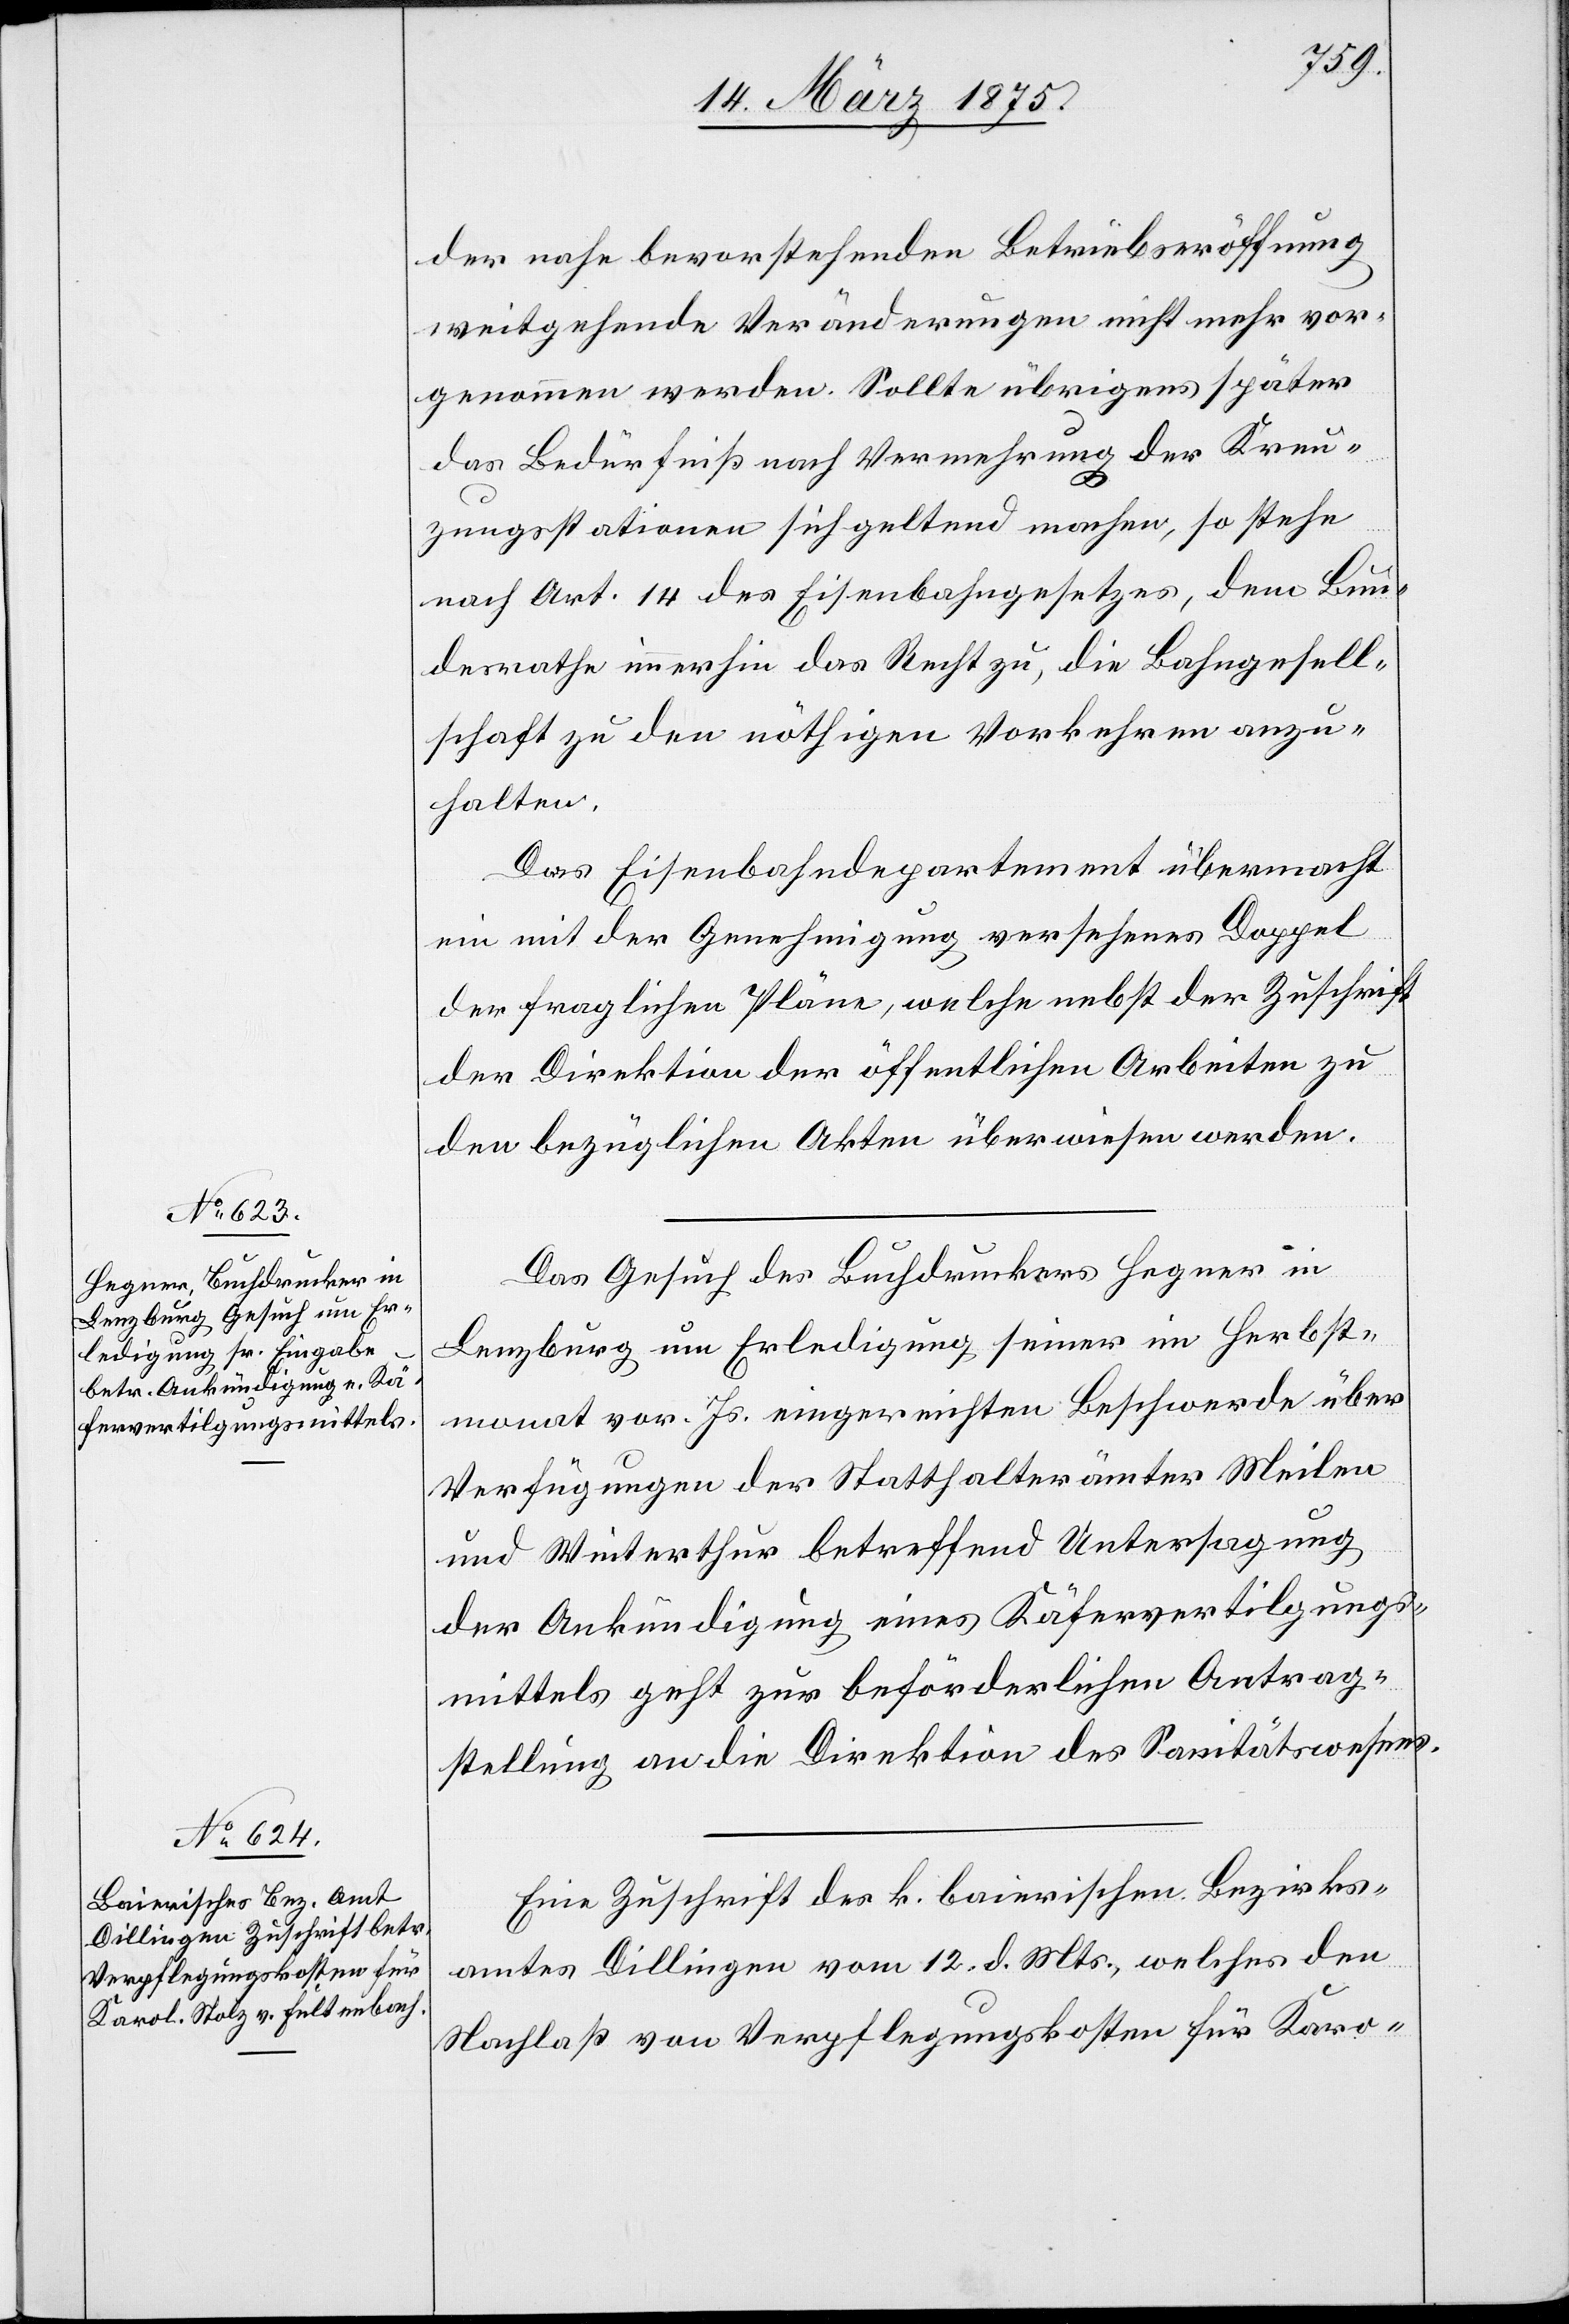
15. März 1875.]
der nahe bevorstehenden Betriebseröffnung
weitgehende Veränderungen nicht mehr vor¬
genommen werden. Sollte übrigens später
das Bedürfniß nach Vermehrung der Kreu¬
zungsstationen sich geltend machen, so stehe
nach Art. 14 des Eisenbahngesetzes, dem Bun¬
desrathe immerhin das Recht zu, die Bahngesell¬
schaft zu den nöthigen Vorkehren anzu¬
halten.
Das Eisenbahndepartement übermacht
ein mit der Genehmigung versehenes Doppel
der fraglichen Pläne, welche nebst der Zuschrift
der Direktion der öffentlichen Arbeiten zu
den bezüglichen Akten überwiesen werden.
Das Gesuch des Buchdruckers Hegner in
Lenzburg um Erledigung seiner im Herbst¬
monat vor. Js. eingereichten Beschwerde über
Verfügungen der Statthalterämter Meilen
und Winterthur betreffend Untersagung
der Ankündigung eines Käfervertilgungs¬
mittels geht zur befördlichen Antrag¬
stellung an die Direktion des Sanitätswesens.
Eine Zuschrift des k. bairischen Bezirks¬
amtes Dillingen vom 12. d. Mts., welches den
Nachlaß von Verpflegungskosten für Karo-